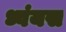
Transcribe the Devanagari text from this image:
ध्वंयस